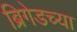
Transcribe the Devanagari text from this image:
ब्रिगेडच्या